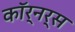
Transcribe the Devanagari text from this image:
कॉर्नर्स